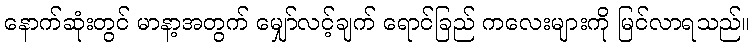
နောက်ဆုံးတွင် မာနာ့အတွက် မျှော်လင့်ချက် ရောင်ခြည် ကလေးများကို မြင်လာရသည်။